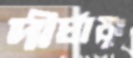
দীর্ঘায়ুঃ